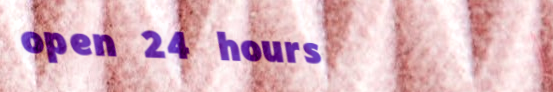
open 24 hours